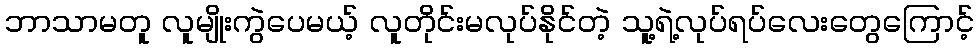
ဘာသာမတူ လူမျိုးကွဲပေမယ့် လူတိုင်းမလုပ်နိုင်တဲ့ သူ့ရဲ့လုပ်ရပ်လေးတွေကြောင့်